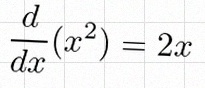
\frac{d}{dx}(x^2)=2x